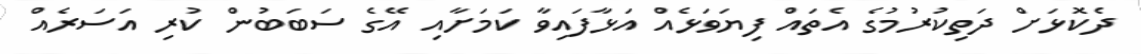
ދެކޮޅަށް ދަތިކުރުމުގެ އެތައް ފިޔަވަޅެއް އަޅާފައިވާ ކަމަށާއި އޭގެ ސަބަބުން ކުރި އަސަރެއް